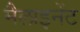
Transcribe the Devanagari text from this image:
मैलाइनेंट